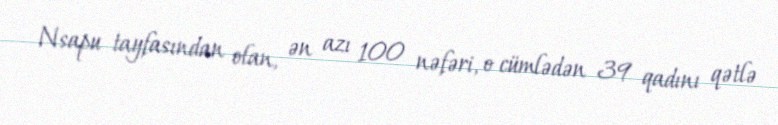
Nsapu tayfasından olan, ən azı 100 nəfəri, o cümlədən 39 qadını qətlə